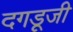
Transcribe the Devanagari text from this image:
दगडूजी